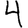
Digit: 4